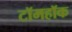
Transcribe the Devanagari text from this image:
टॉमहॉक